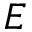
E